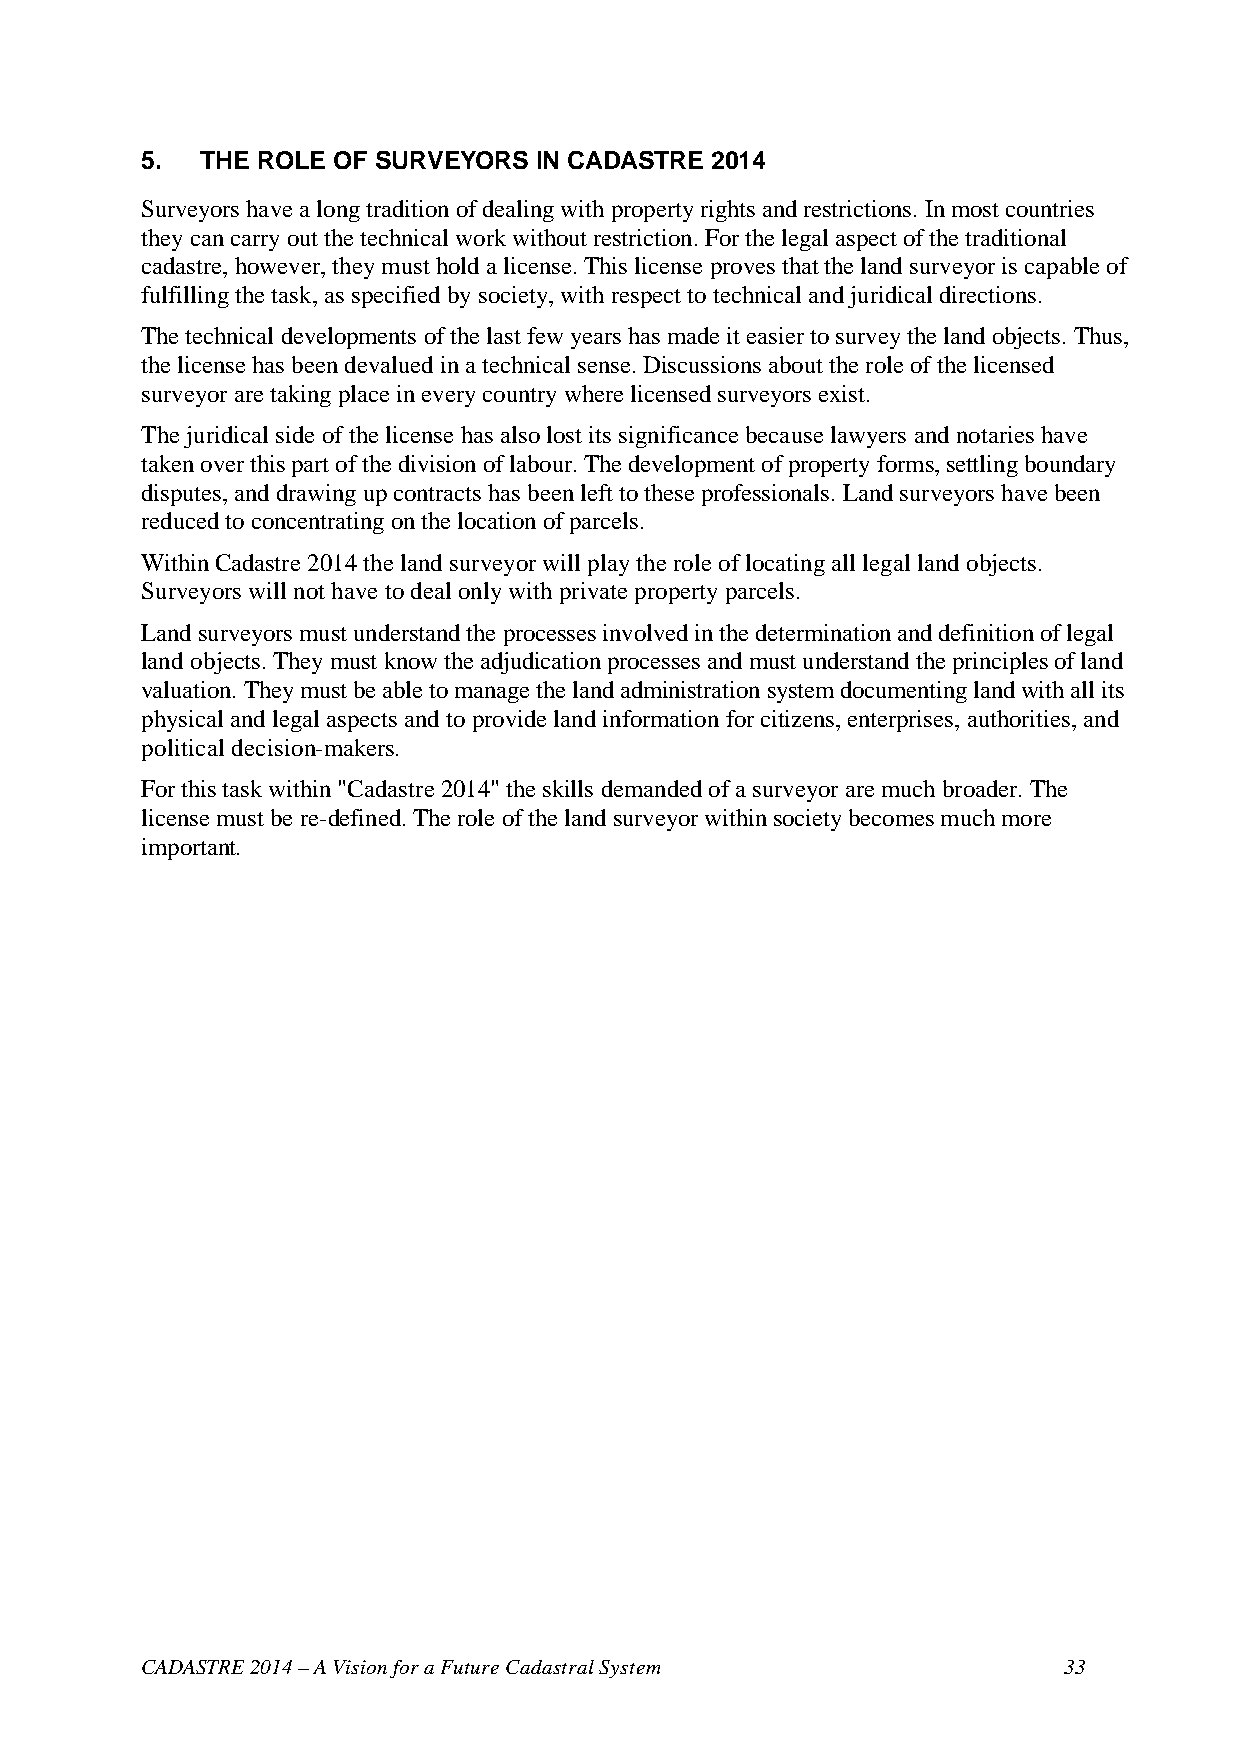
5.  THE ROLE OF SURVEYORS  IN CADASTRE 2014
 Surveyors have a long tradition of dealing with property rights and restrictions. In most countries
 they can carry out the technical work without restriction. For the legal aspect of the traditional
 cadastre, however, they must hold a license. This license proves that the land surveyor is capable of
 fulfilling the task, as specified by society, with respect to technical and juridical directions.
 The technical developments of the last few years has made it easier to survey the land objects. Thus,
 the license has been devalued in a technical sense. Discussions about the role of the licensed
 surveyor are taking place in every country where licensed surveyors exist.
 The juridical side of the license has also lost its significance because lawyers and notaries have
 taken over this part of the division of labour. The development of property forms, settling boundary
 disputes, and drawing up contracts has been left to these professionals. Land surveyors have been
 reduced to concentrating on the location of parcels.
 Within Cadastre 2014 the land surveyor will play the role of locating all legal land objects.
 Surveyors will not have to deal only with private property parcels.
 Land surveyors must understand the processes involved in the determination and definition of legal
 land objects. They must know the adjudication processes and must understand the principles of land
 valuation. They must be able to manage the land administration system documenting land with all its
 physical and legal aspects and to provide land information for citizens, enterprises, authorities, and
 political decision-makers.
 For this task within "Cadastre 2014" the skills demanded of a surveyor are much broader. The
 license must be re-defined. The role of the land surveyor within society becomes much more
 important.
 CADASTRE 2014 – A Vision for a Future Cadastral System       33